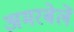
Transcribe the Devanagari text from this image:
अमरबेलें